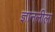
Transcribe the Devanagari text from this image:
ज्ञानलीला